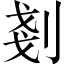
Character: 剗